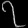
Digit: ၇